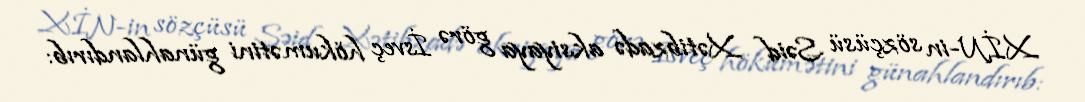
XİN-in sözçüsü Səid Xətibzadə aksiyaya görə İsveç hökumətini günahlandırıb: